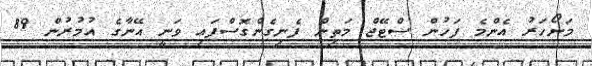
މަނޯހަރު އެންމެ ފަހުން ސްޓޭޖް މަތިން ފެނިގެންގޮސްފައި ވަނީ އޭނާގެ އުމުރުން 89